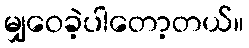
မျှဝေခဲ့ပါတော့တယ်။